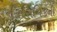
સિરામિકની